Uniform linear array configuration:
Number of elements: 4
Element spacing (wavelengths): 1
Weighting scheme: kaiser
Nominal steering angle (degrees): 30
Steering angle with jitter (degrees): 31.057
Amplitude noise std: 0.05
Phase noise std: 0.05

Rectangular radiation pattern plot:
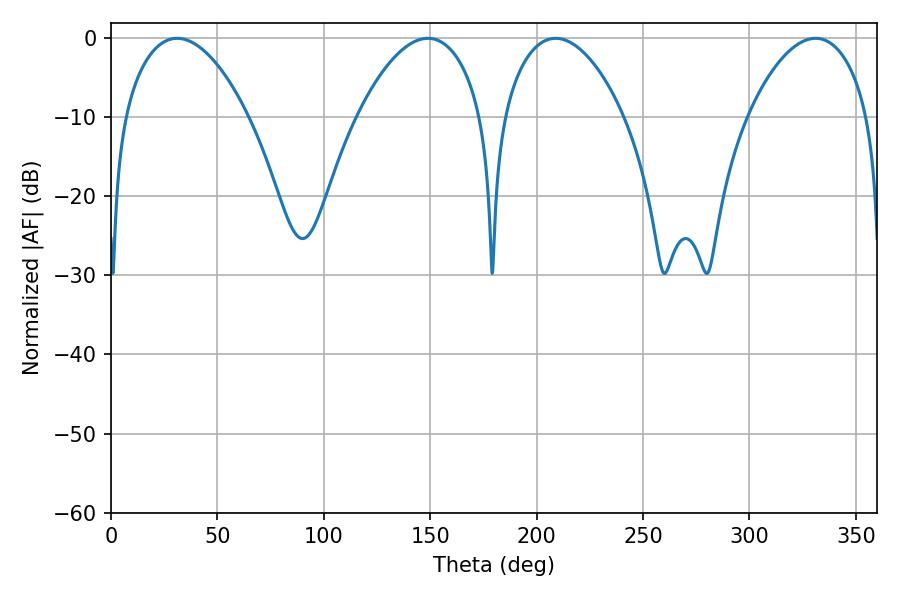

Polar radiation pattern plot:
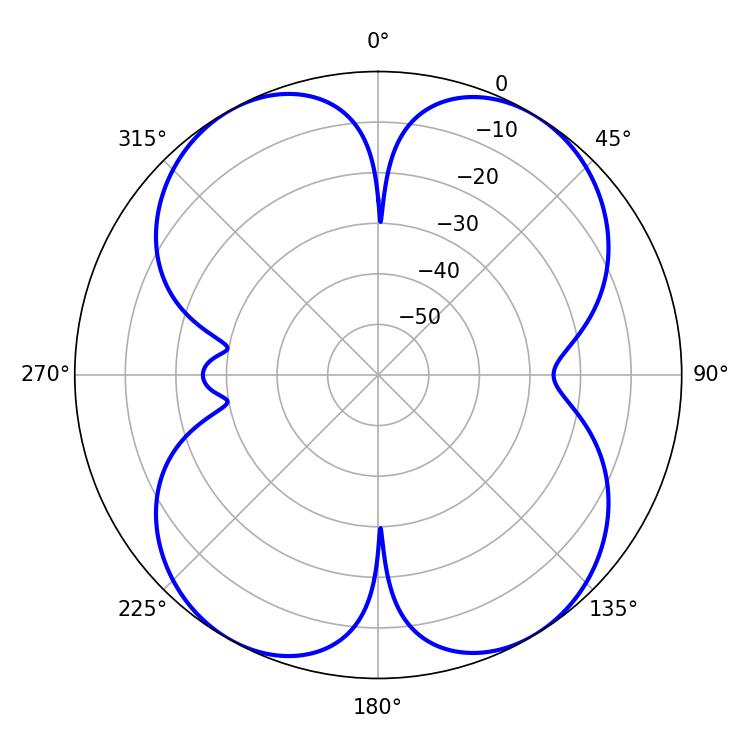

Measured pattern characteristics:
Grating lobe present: TRUE
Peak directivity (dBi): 15.152
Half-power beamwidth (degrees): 32.58
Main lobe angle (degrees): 31.14